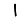
Digit: 1